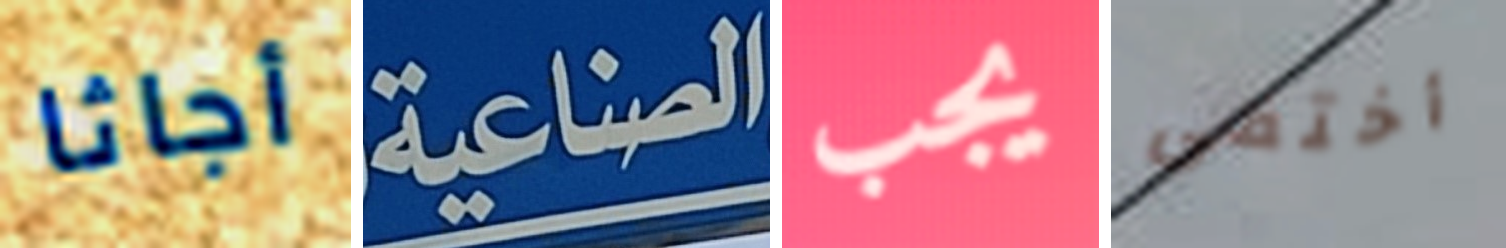
أجاثا الصناعية يجب أختفى